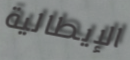
الإيطالية